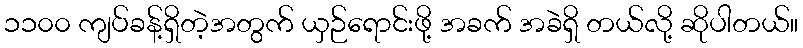
၁၁၀၀ ကျပ်ခန့်ရှိတဲ့အတွက် ယှဉ်ရောင်းဖို့ အခက် အခဲရှိ တယ်လို့ ဆိုပါတယ်။